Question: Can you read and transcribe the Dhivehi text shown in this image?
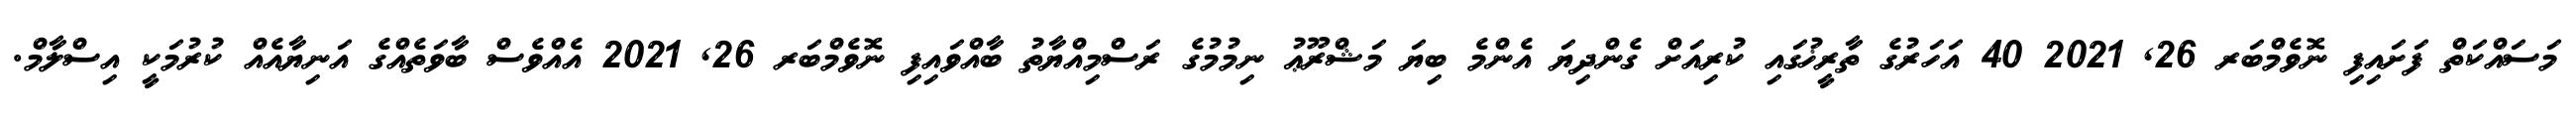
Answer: މަސައްކަތް ފަށައިފި ނޮވެމްބަރ 26, 2021 40 އަހަރުގެ ތާރީޚުގައި ކުރިއަށް ގެންދިޔަ އެންމެ ބިޔަ މަޝްރޫޢު ނިމުމުގެ ރަސްމިއްޔާތު ބާއްވައިފި ނޮވެމްބަރ 26, 2021 އެއްވެސް ބާވަތެއްގެ އަނިޔާއެއް ކުރުމަކީ އިސްލާމް.